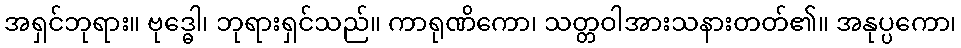
အရှင်ဘုရား။ ဗုဒ္ဓေါ၊ ဘုရားရှင်သည်။ ကာရုဏိကော၊ သတ္တဝါအားသနားတတ်၏။ အနုပ္ပကော၊